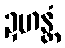
ဍဟန္တံ